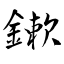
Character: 鏉